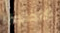
الاضواء